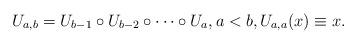
LaTeX: \begin{align*}U_{a,b}=U_{b-1}\circ U_{b-2}\circ\cdots\circ U_{a}, a<b,U_{a,a}(x)\equiv x.\end{align*}